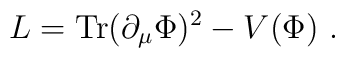
L = {\rm Tr} (\partial_\mu \Phi )^2 - V(\Phi ) \ .